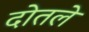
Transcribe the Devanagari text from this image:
दोतले